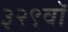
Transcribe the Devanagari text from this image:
३२९वॉ